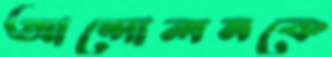
আন্দোলনকে